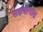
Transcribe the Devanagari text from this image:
सहयोगास